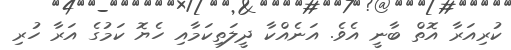
ކުރިއަރާ އޮތް ބާނީ އެވެ. އަނެއްކާ ދީލަތިކަމާއި ހެޔޮ ކަމުގެ އަރާ ހުރި